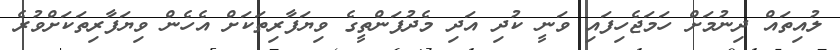
ލުއިތައް ދިނުމަށް ހަމަޖެހިފައި ވަނީ ކުދި އަދި މެދުފަންތީގެ ވިޔަފާރިތަކަށް އެހެން ވިޔަފާރިތަކަށްވުރެ